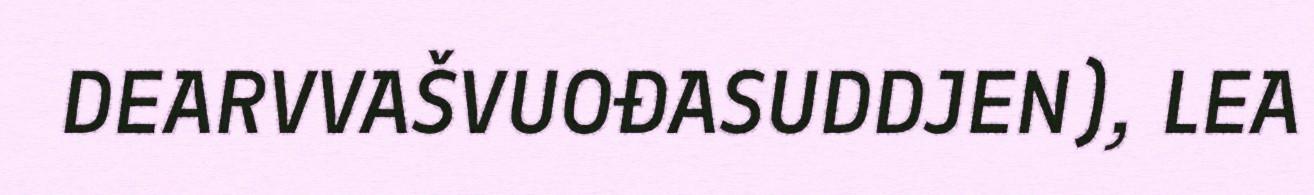
DEARVVAŠVUOĐASUDDJEN), LEA